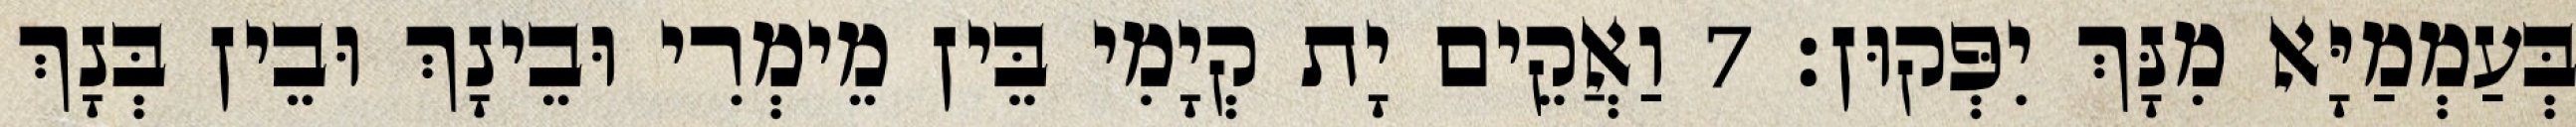
בְּעַמְמַיָּא מִנָּךְ יִפְּקוּן׃ 7 וַאֲקֵים יָת קְיָמִי בֵּין מֵימְרִי וּבֵינָךְ וּבֵין בְּנָךְ